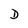
Character: D